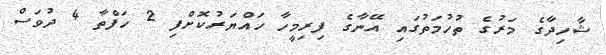
ޝާހިދާގެ މަރުގެ ތުހުމަތުގައި އޭނާގެ ފިރިމީހާ ހައްޔަރުކޮށްފި 2 ހަފްތާ 4 ދުވަސް